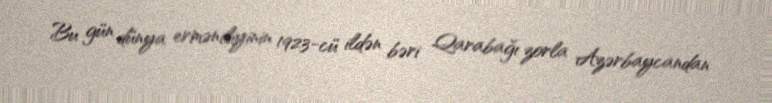
Bu gün dünya erməniliyinin 1923-cü ildən bəri Qarabağı zorla Azərbaycandan